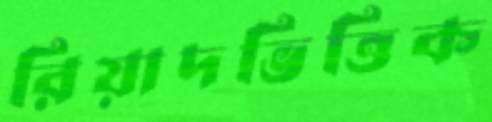
রিয়াদভিত্তিক